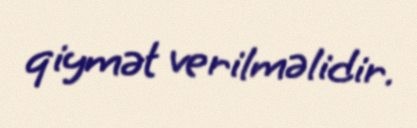
qiymət verilməlidir.